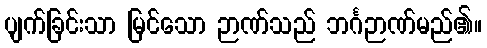
ပျက်ခြင်းသာ မြင်သော ဉာဏ်သည် ဘင်္ဂဉာဏ်မည်၏။